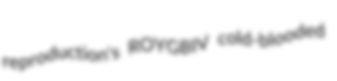
reproduction's ROYGBIV cold-blooded